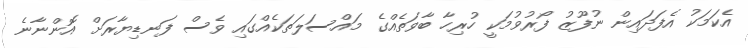
އެކަމަކު އެފަދައިން ނުފޫޒު ފޯރުވުމަކީ ހުރިހާ ބާވަތެއްގެ މައްސަލަތަކެއްގައި ވެސް ފަނޑިޔާރަށް އޮންނާނެ